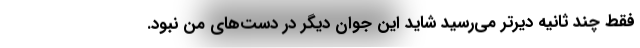
فقط چند ثانیه دیرتر می‌رسید شاید این جوان دیگر در دست‌های من نبود.